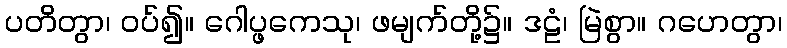
ပတိတွာ၊ ဝပ်၍။ ဂေါပ္ဖကေသု၊ ဖမျက်တို့၌။ ဒဠံ၊ မြဲစွာ။ ဂဟေတွာ၊